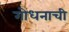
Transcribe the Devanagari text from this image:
गोधनाची